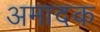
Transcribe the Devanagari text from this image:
अमादक